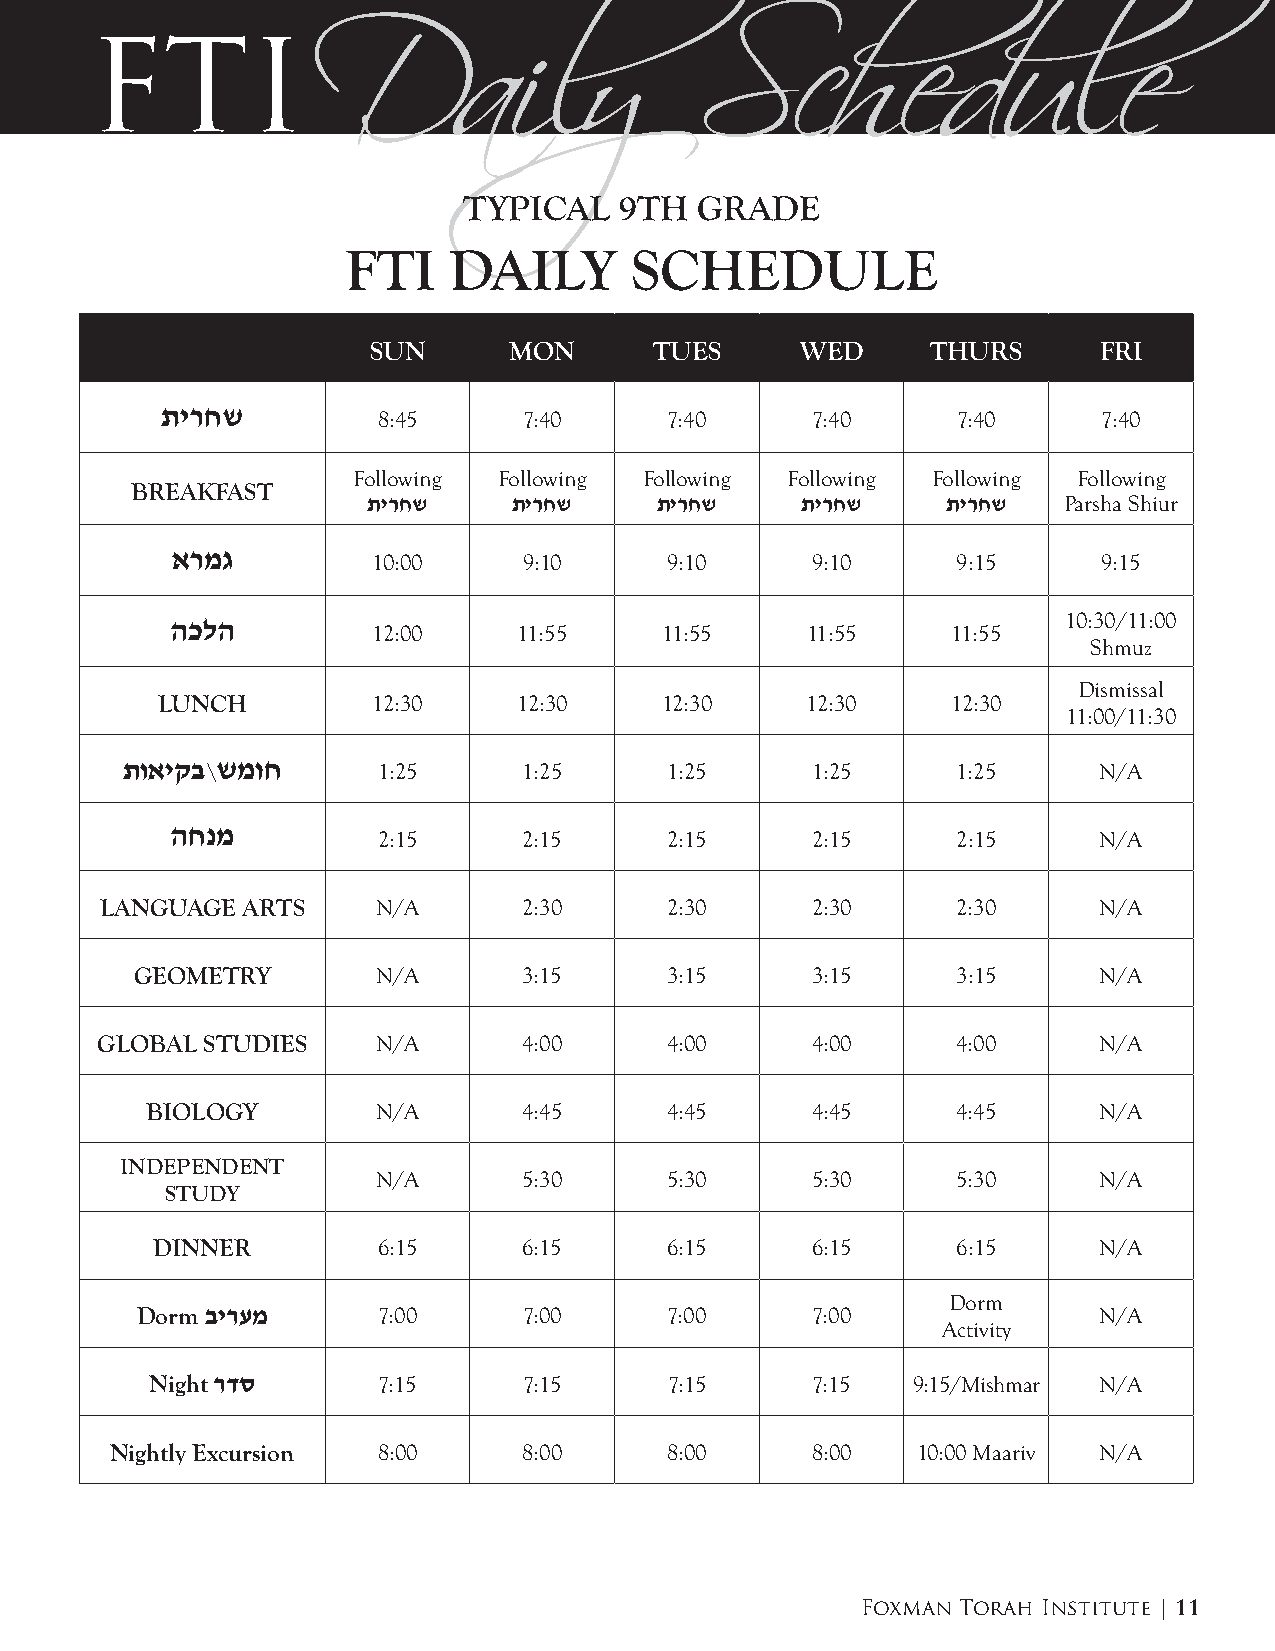
FTI
 Daily                    Schedule
 TYPICAL   9TH  GRADE
 FTI    DAILY       SCHEDULE
 SUN       MON      TUES      WED      THURS      FRI
 [yrxw
 8:45      7:40     7:40      7:40     7:40      7:40
 Following Following Following Following Following Following
 BREAKFAST
 [yrxw     [yrxw    [yrxw     [yrxw     [yrxw  Parsha Shiur
 armg
 10:00     9:10     9:10      9:10     9:15      9:15
 hklh                                                        10:30/11:00
 12:00    11:55     11:55    11:55     11:55
 Shmuz
 Dismissal
 LUNCH          12:30    12:30     12:30    12:30     12:30
 11:00/11:30
 [vayqb // \wmvx  1:25      1:25     1:25      1:25     1:25      N/A
 hxnm
 2:15      2:15     2:15      2:15     2:15      N/A
 LANGUAGE ARTS     N/A       2:30     2:30      2:30     2:30      N/A
 GEOMETRY        N/A       3:15     3:15      3:15     3:15      N/A
 GLOBAL STUDIES     N/A       4:00     4:00      4:00     4:00      N/A
 BIOLOGY        N/A       4:45     4:45      4:45     4:45      N/A
 INDEPENDENT
 N/A       5:30     5:30      5:30     5:30      N/A
 STUDY
 DINNER         6:15      6:15     6:15      6:15     6:15      N/A
 Dorm
 Dorm byrem      7:00      7:00     7:00      7:00               N/A
 Activity
 Night rds      7:15      7:15     7:15      7:15  9:15/Mishmar N/A
 Nightly Excursion 8:00      8:00     8:00      8:00   10:00 Maariv N/A
 Foxman Torah Institute | 11